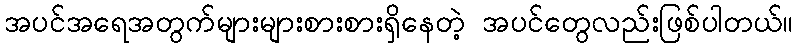
အပင်အရေအတွက်များများစားစားရှိနေတဲ့ အပင်တွေလည်းဖြစ်ပါတယ်။